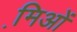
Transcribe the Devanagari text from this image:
मि़ओं